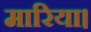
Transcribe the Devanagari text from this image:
मारिया।